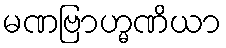
မဏဗြာဟ္မဏိယာ